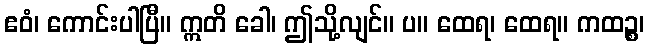
ဧဝံ၊ ကောင်းပါပြီ။ ဣတိ ခေါ၊ ဤသို့လျင်။ ပ။ ထေရ၊ ထေရ။ ကထဉ္စ၊